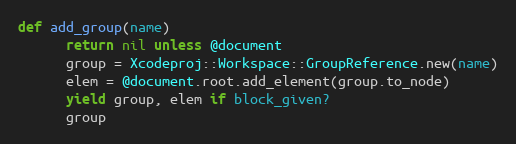
Language: Ruby
def add_group(name)
      return nil unless @document
      group = Xcodeproj::Workspace::GroupReference.new(name)
      elem = @document.root.add_element(group.to_node)
      yield group, elem if block_given?
      group